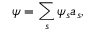
\psi = \sum _ { s } \psi _ { s } a _ { s } ,